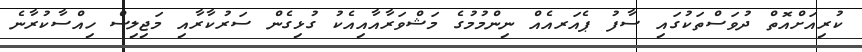
ކުރިއަށްއޮތް ދުވަސްތަކުގައި ސާފު ޕެއަރއެއް ނިންމުމުގެ މަޝްވަރާއާއިއެކު ގުޅިގެން ސަރުކާރާއި މަޖިލިސް ހިއްސާކުރާނެ